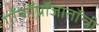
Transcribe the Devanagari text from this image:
गॉणॉप्रॉजातॉन्त्री